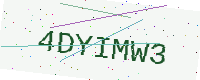
Text: 4DYIMW3